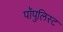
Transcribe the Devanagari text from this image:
पॉपुलिस्ट